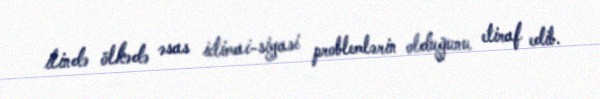
ilində ölkədə əsas ictimai-siyasi problemlərin olduğunu etiraf edib.